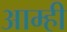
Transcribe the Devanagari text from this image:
आम्‍ही